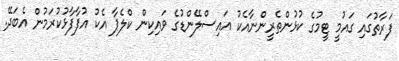
ފަރާތުގައި ގައުމީ ޓީމުގެ ކުޅުންތެރީންނާއެކު އައިސްލޭންޑުގެ ވައިކިން ކްލެޕާ އެކު އުފާފާޅުކުރަމުން އެބަދޭ.